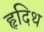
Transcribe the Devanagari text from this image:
हृदिथ